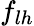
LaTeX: f_{lh}